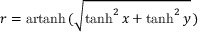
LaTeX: r = \operatorname { a r t a n h } \, ( { \sqrt { \operatorname { t a n h } ^ { 2 } x + \operatorname { t a n h } ^ { 2 } y } } \, )